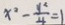
x ^ { 2 } - \frac { y ^ { 2 } } { 4 } = 1